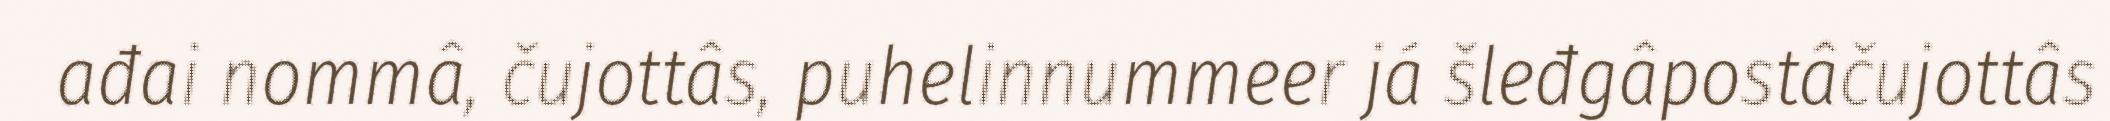
ađai nommâ, čujottâs, puhelinnummeer já šleđgâpostâčujottâs